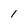
Character: 1